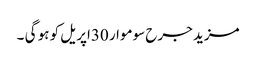
مزید جرح سوموار 30اپریل کو ہو گی ۔